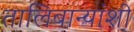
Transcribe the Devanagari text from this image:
तालिबान्यांशी